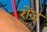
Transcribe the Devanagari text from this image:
रोंज